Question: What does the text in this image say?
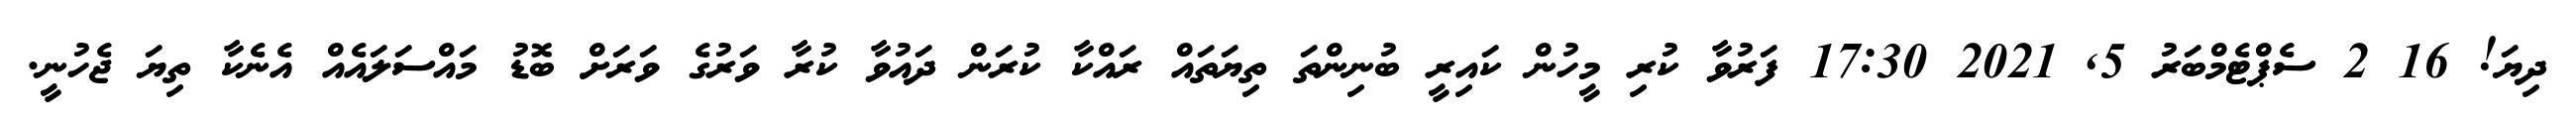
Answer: ދިޔަ! 16 2 ސެޕްޓެމްބަރު 5, 2021 17:30 ފަރުވާ ކުރި މީހުން ކައިރީ ބުނިންތަ ތިޔަތައް ރައްކާ ކުރަން ދައުވާ ކުރާ ވަރުގެ ވަރަށް ބޮޑު މައްސަލައެއް އެނެކާ ތިޔަ ޖެހުނީ.